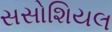
સસોશિયલ